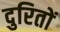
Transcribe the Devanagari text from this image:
दुरितों